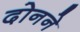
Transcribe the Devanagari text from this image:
दोनने